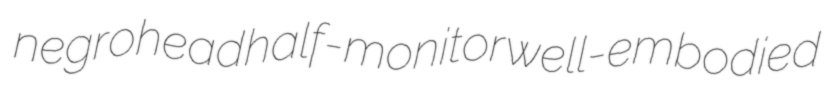
negrohead half-monitor well-embodied